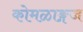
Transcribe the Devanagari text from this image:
कोमळाङ्गज